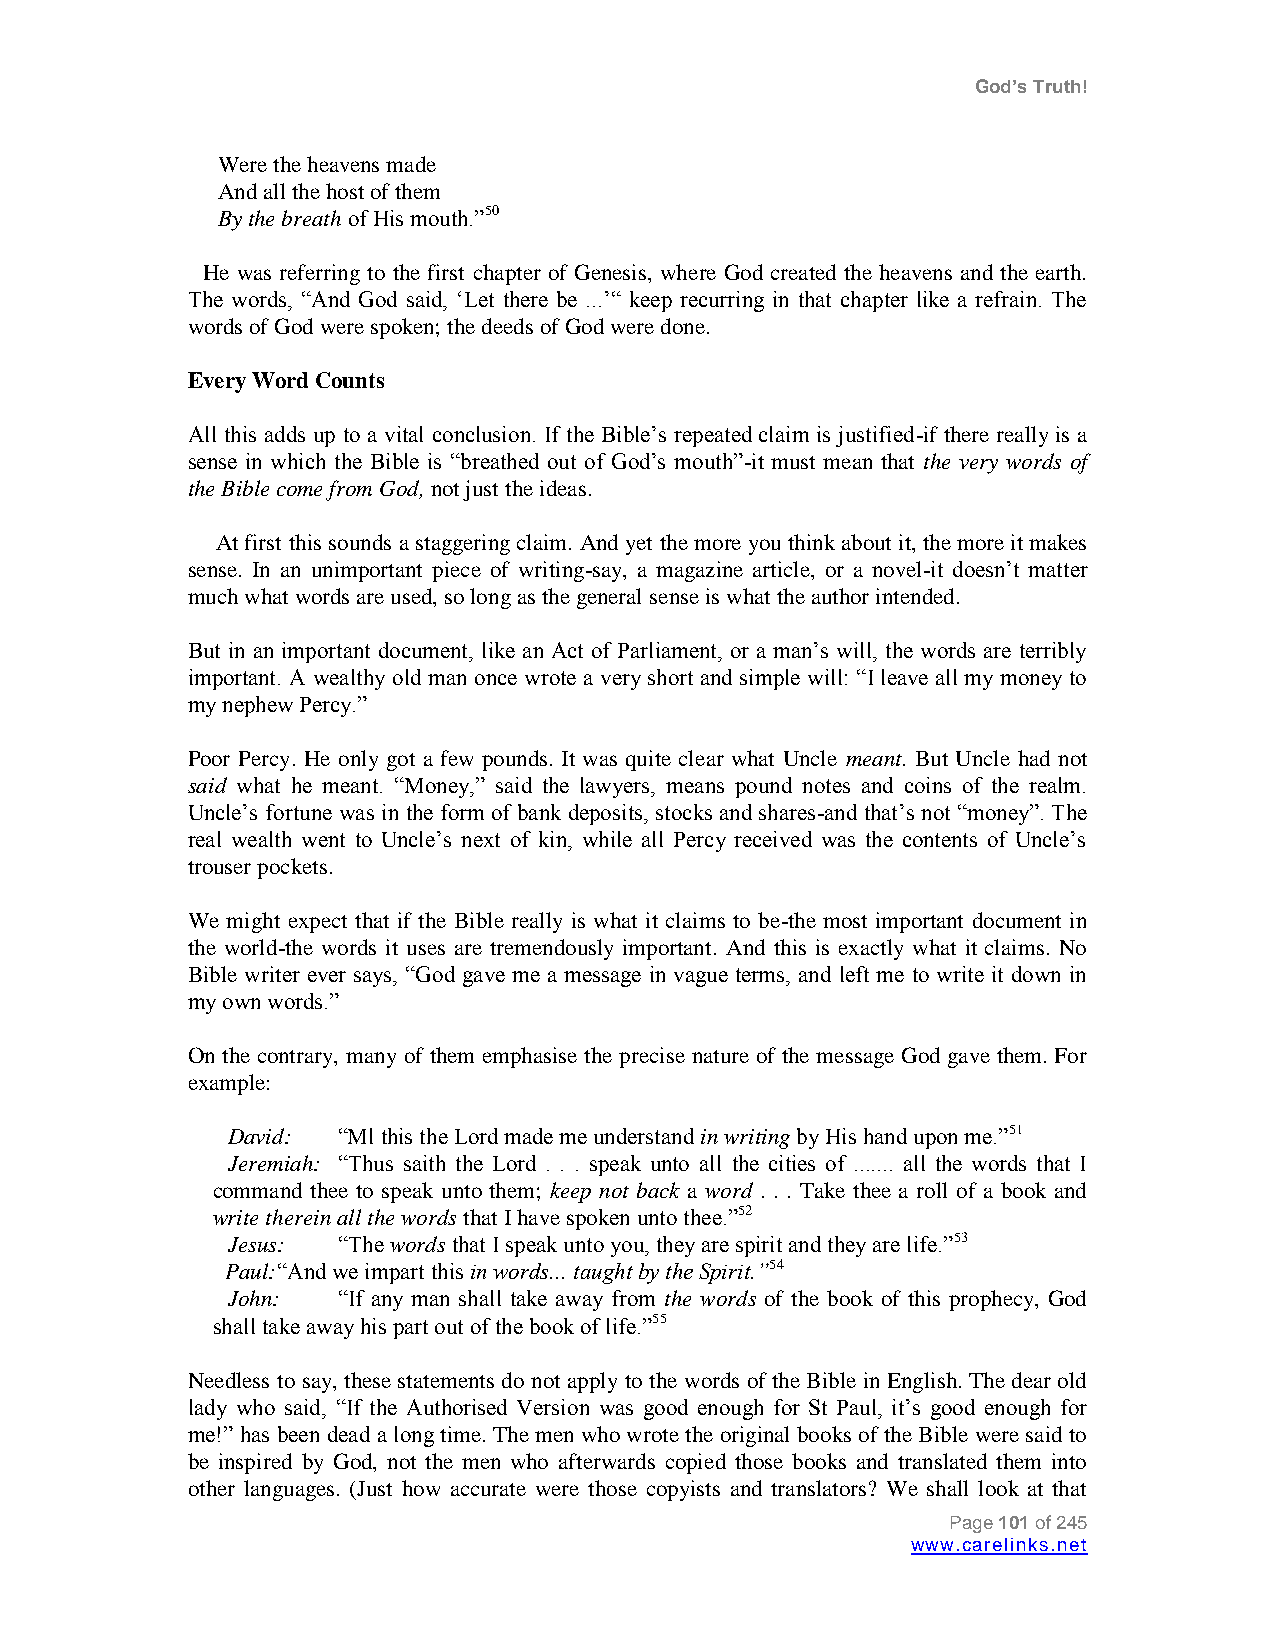
God’s Truth!
 Were the heavens made
 And all the host of them
 By the breath of His mouth.”50
 He was referring to the first chapter of Genesis, where God created the heavens and the earth.
 The words, “And God said, „Let there be ...‟“ keep recurring in that chapter like a refrain. The
 words of God were spoken; the deeds of God were done.
 Every Word Counts
 All this adds up to a vital conclusion. If the Bible‟s repeated claim is justified-if there really is a
 sense in which the Bible is “breathed out of God‟s mouth”-it must mean that the very words of
 the Bible come from God, not just the ideas.
 At first this sounds a staggering claim. And yet the more you think about it, the more it makes
 sense. In an unimportant piece of writing-say, a magazine article, or a novel-it doesn‟t matter
 much what words are used, so long as the general sense is what the author intended.
 But in an important document, like an Act of Parliament, or a man‟s will, the words are terribly
 important. A wealthy old man once wrote a very short and simple will: “I leave all my money to
 my nephew Percy.”
 Poor Percy. He only got a few pounds. It was quite clear what Uncle meant. But Uncle had not
 said what he meant. “Money,” said the lawyers, means pound notes and coins of the realm.
 Uncle‟s fortune was in the form of bank deposits, stocks and shares-and that‟s not “money”. The
 real wealth went to Uncle‟s next of kin, while all Percy received was the contents of Uncle‟s
 trouser pockets.
 We might expect that if the Bible really is what it claims to be-the most important document in
 the world-the words it uses are tremendously important. And this is exactly what it claims. No
 Bible writer ever says, “God gave me a message in vague terms, and left me to write it down in
 my own words.”
 On the contrary, many of them emphasise the precise nature of the message God gave them. For
 example:
 David: “Ml this the Lord made me understand in writing by His hand upon me.”51
 Jeremiah: “Thus saith the Lord . . . speak unto all the cities of ....... all the words that I
 command thee to speak unto them; keep not back a word . . . Take thee a roll of a book and
 write therein all the words that I have spoken unto thee.”52
 Jesus: “The words that I speak unto you, they are spirit and they are life.”53
 Paul: “And we impart this in words... taught by the Spirit.”54
 John:  “If any man shall take away from the words of the book of this prophecy, God
 shall take away his part out of the book of life.”55
 Needless to say, these statements do not apply to the words of the Bible in English. The dear old
 lady who said, “If the Authorised Version was good enough for St Paul, it‟s good enough for
 me!” has been dead a long time. The men who wrote the original books of the Bible were said to
 be inspired by God, not the men who afterwards copied those books and translated them into
 other languages. (Just how accurate were those copyists and translators? We shall look at that
 Page 101 of 245
 www.carelinks.net